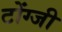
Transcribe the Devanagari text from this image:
टोंग्जी